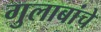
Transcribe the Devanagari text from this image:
गुलाबांचे